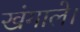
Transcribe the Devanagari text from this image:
खंगाले।